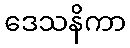
ဒေသနိကာ